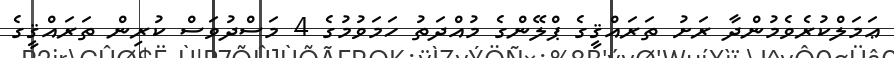
ޢަމަލްކުރެވެމުންދާ ރަށު ތަރައްޤީގެ ޕްލޭންގެ މުއްދަތު ހަމަވުމުގެ 4 މަސްދުވަސް ކުރިން ތަރައްޤީގެ